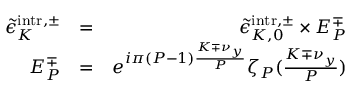
\begin{array} { r l r } { \tilde { \epsilon } _ { K } ^ { \mathrm { i n t r } , \pm } } & { = } & { \tilde { \epsilon } _ { K , 0 } ^ { \mathrm { i n t r } , \pm } \times E _ { P } ^ { \mp } } \\ { E _ { P } ^ { \mp } } & { = } & { e ^ { i \pi ( P - 1 ) \frac { K \mp \nu _ { y } } { P } } \zeta _ { P } ( \frac { K \mp \nu _ { y } } { P } ) } \end{array}